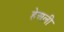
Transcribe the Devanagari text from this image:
हेअली